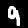
Digit: 9